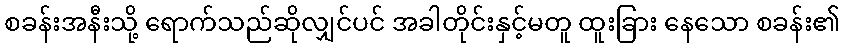
စခန်းအနီးသို့ ရောက်သည်ဆိုလျှင်ပင် အခါတိုင်းနှင့်မတူ ထူးခြား နေသော စခန်း၏